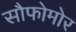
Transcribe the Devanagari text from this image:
सौफोमोर